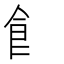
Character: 飭